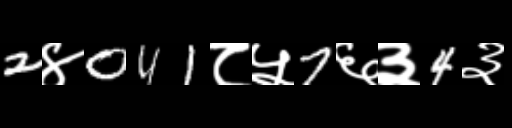
Text: 2४041८५7६३4३